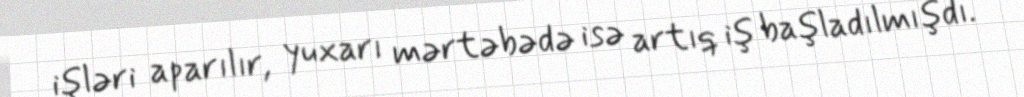
işləri aparılır, yuxarı mərtəbədə isə artıq iş başladılmışdı.